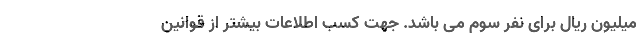
میلیون ریال برای نفر سوم می باشد. جهت کسب اطلاعات بیشتر از قوانین